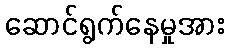
ဆောင်ရွက်နေမှုအား